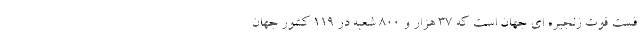
فست فوت زنجیره ای جهان است که 37 هزار و 800 شعبه در 119 کشور جهان